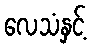
လေသံနှင့်